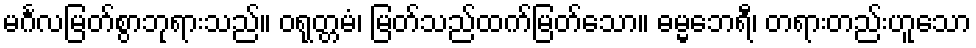
မင်္ဂလမြတ်စွာဘုရားသည်။ ဝရုတ္တမံ၊ မြတ်သည်ထက်မြတ်သော။ ဓမ္မဘေရီ၊ တရားတည်းဟူသော